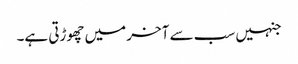
جنہیں سب سے آخر میں چھوڑتی ہے۔